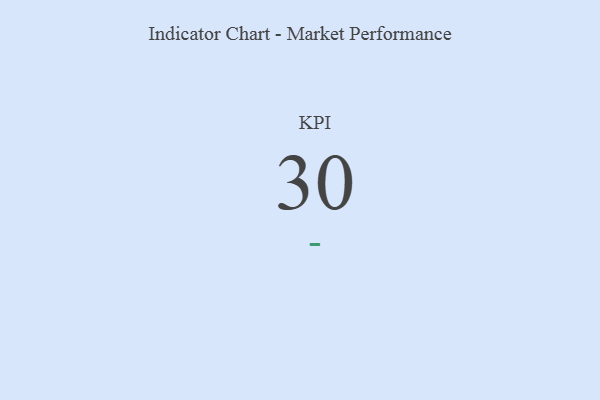
{"axis": {"x": "KPI", "y": "Value"}, "legend": [""], "data": [{"x": "KPI", "y": 30, "type": ""}]}